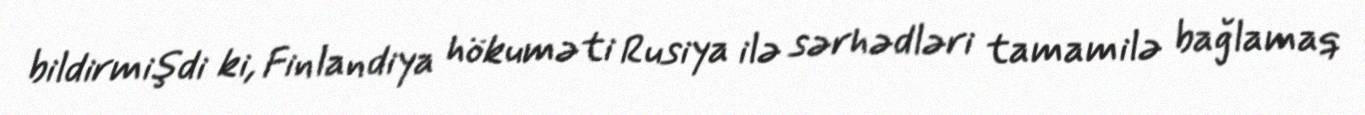
bildirmişdi ki, Finlandiya hökuməti Rusiya ilə sərhədləri tamamilə bağlamaq